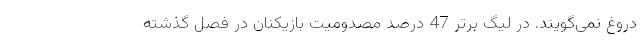
دروغ نمی‌گویند. در لیگ برتر 47 درصد مصدومیت بازیکنان در فصل گذشته